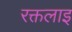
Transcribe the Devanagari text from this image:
रक्तलाइ